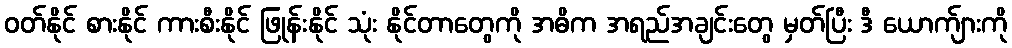
ဝတ်နိုင် စားနိုင် ကားစီးနိုင် ဖြုန်းနိုင် သုံး နိုင်တာတွေကို အဓိက အရည်အချင်းတွေ မှတ်ပြီး ဒီ ယောက်ျားကို